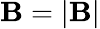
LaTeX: \mathbf{B}=|\boldsymbol{\mathbf{B}}|